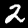
Label: 2